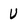
Character: U